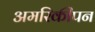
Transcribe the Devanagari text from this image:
अमरिकीपन